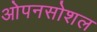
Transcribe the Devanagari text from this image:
ओपनसोशल